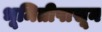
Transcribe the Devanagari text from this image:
भूमितीपासून